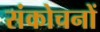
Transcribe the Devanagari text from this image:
संकोचनों